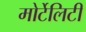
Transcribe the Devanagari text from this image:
मोर्टेलिटी